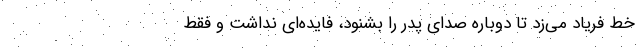
خط فریاد می‌زد تا دوباره صدای پدر را بشنود، فایده‌ای نداشت و فقط